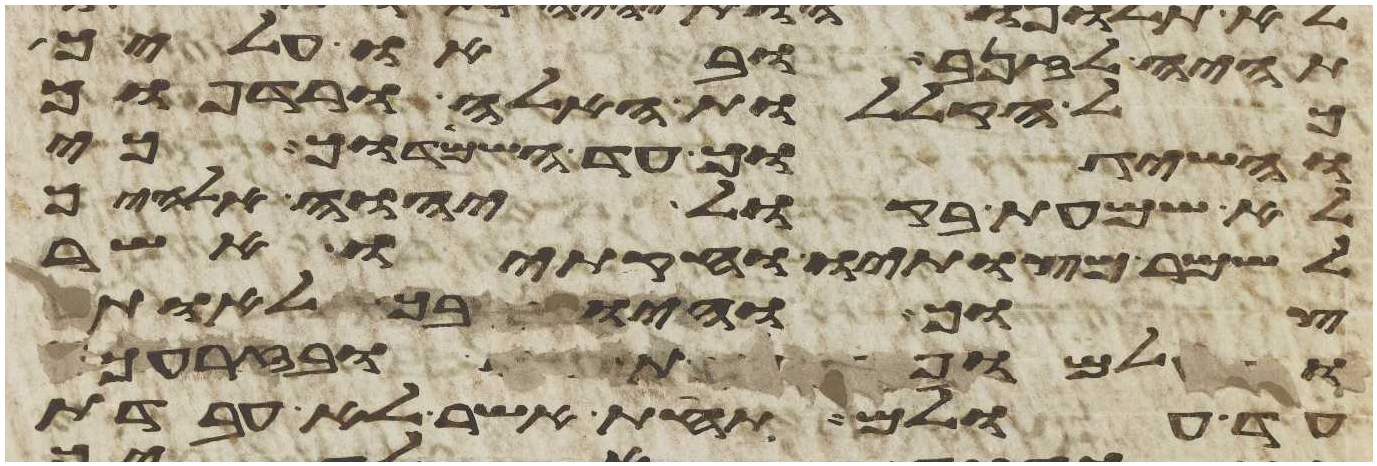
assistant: תהיה לזנב ובאו עליך כל
כל הקללות האלה ורדפוך
והשיגוך עד השמידוך כי
לא שמעת בקול יהוה אלהיך
לשמר מצותיו וחקתיו אשר
צוך והיו בך לאות
ולמופת ובזרעך
עד עולם תחת אשר לא עבדת